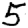
Digit: 5